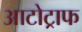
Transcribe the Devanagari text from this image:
आटोट्राफ